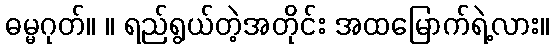
ဓမ္မဂုတ်။ ။ ရည်ရွယ်တဲ့အတိုင်း အထမြောက်ရဲ့လား။